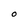
Character: O